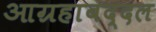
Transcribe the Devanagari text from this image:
आग्रहाबद्दल